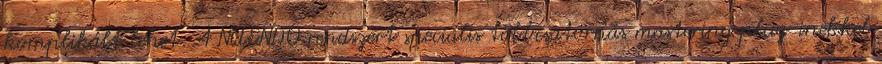
komplikált lehet. A NUENDO rendszert speciális többcsatornás mastering plug-inekkel